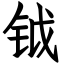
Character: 钺